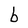
Character: b